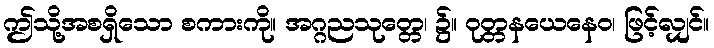
ဤသို့အစရှိသော စကားကို။ အဂ္ဂညသုတ္တေ၊ ၌။ ဝုတ္တနယေနေဝ၊ ဖြင့်လျှင်။